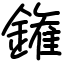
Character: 𨫝